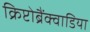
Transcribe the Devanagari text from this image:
क्रिप्टोब्रैंक्वाडिया